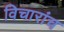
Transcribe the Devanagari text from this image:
विचारांच